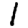
Digit: 1